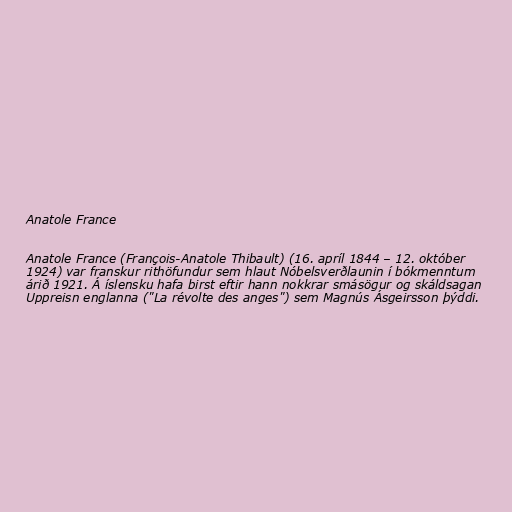
Anatole France

Anatole France (François-Anatole Thibault) (16. apríl 1844 – 12. október
1924) var franskur rithöfundur sem hlaut Nóbelsverðlaunin í bókmenntum
árið 1921. Á íslensku hafa birst eftir hann nokkrar smásögur og skáldsagan
Uppreisn englanna ("La révolte des anges") sem Magnús Ásgeirsson þýddi.